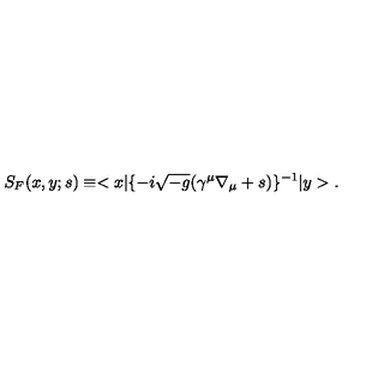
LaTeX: S _ { F } ( x , y ; s ) \equiv < x | \{ - i \sqrt { - g } ( \gamma ^ { \mu } \nabla _ { \mu } + s ) \} ^ { - 1 } | y > .